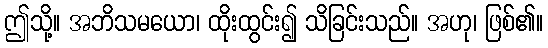
ဤသို့။ အဘိသမယော၊ ထိုးထွင်း၍ သိခြင်းသည်။ အဟု၊ ဖြစ်၏။